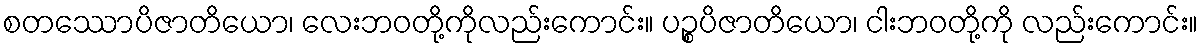
စတဿောပိဇာတိယော၊ လေးဘဝတို့ကိုလည်းကောင်း။ ပဉ္စပိဇာတိယော၊ ငါးဘဝတို့ကို လည်းကောင်း။